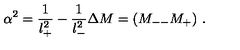
\alpha ^ { 2 } = \frac { 1 } { l _ { + } ^ { 2 } } - \frac { 1 } { l _ { - } ^ { 2 } } \Delta M = ( M _ { -- } M _ { + } ) \ .